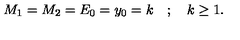
M _ { 1 } = M _ { 2 } = E _ { 0 } = y _ { 0 } = k \quad ; \quad k \ge 1 .